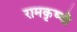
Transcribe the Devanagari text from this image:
रामकृष्णो